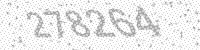
Solution: 278264